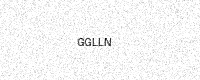
Text: GGLLN